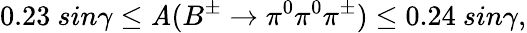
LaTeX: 0.23~sin\gamma\leq\mathit{A}(B^{\pm}\to\pi^{0}\pi^{0}\pi^{\pm})\leq0.24~sin\gamma,